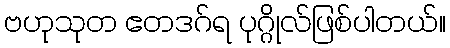
ဗဟုသုတ ဧတဒဂ်ရ ပုဂ္ဂိုလ်ဖြစ်ပါတယ်။